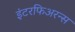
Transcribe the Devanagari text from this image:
इंटरफिअरन्स